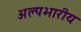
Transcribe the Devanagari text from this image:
अल्पभारीय